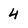
Character: 4